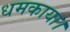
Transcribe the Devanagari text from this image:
धमकाया।